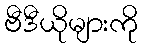
ဗီဒီယိုများကို